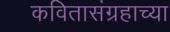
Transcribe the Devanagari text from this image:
कवितासंग्रहाच्या